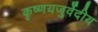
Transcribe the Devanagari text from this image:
कृष्णयजुर्वेदीय